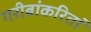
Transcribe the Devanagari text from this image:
गरीबांकरितां